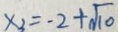
x _ { 3 } = - 2 + \sqrt { 1 0 }